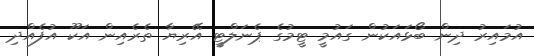
އުމައިރު ދިން ބޯޅައަކުން ގައުމީ ޓީމުގެ ޕެނަލްޓީ އޭރިޔާ ތެރެއިން އަކޫ އުފެއްދި